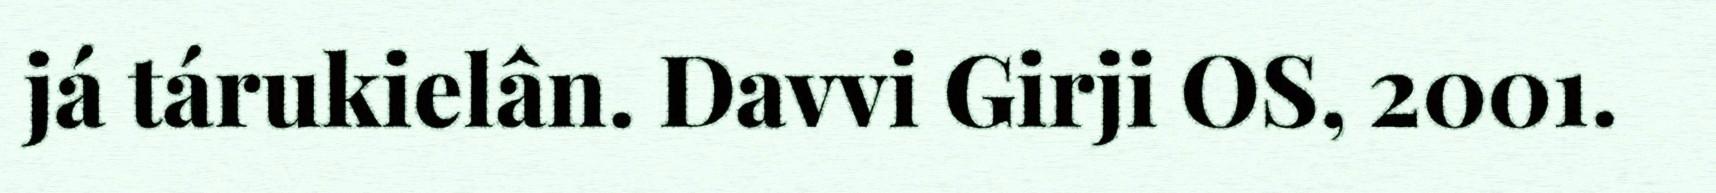
já tárukielân. Davvi Girji OS, 2001.